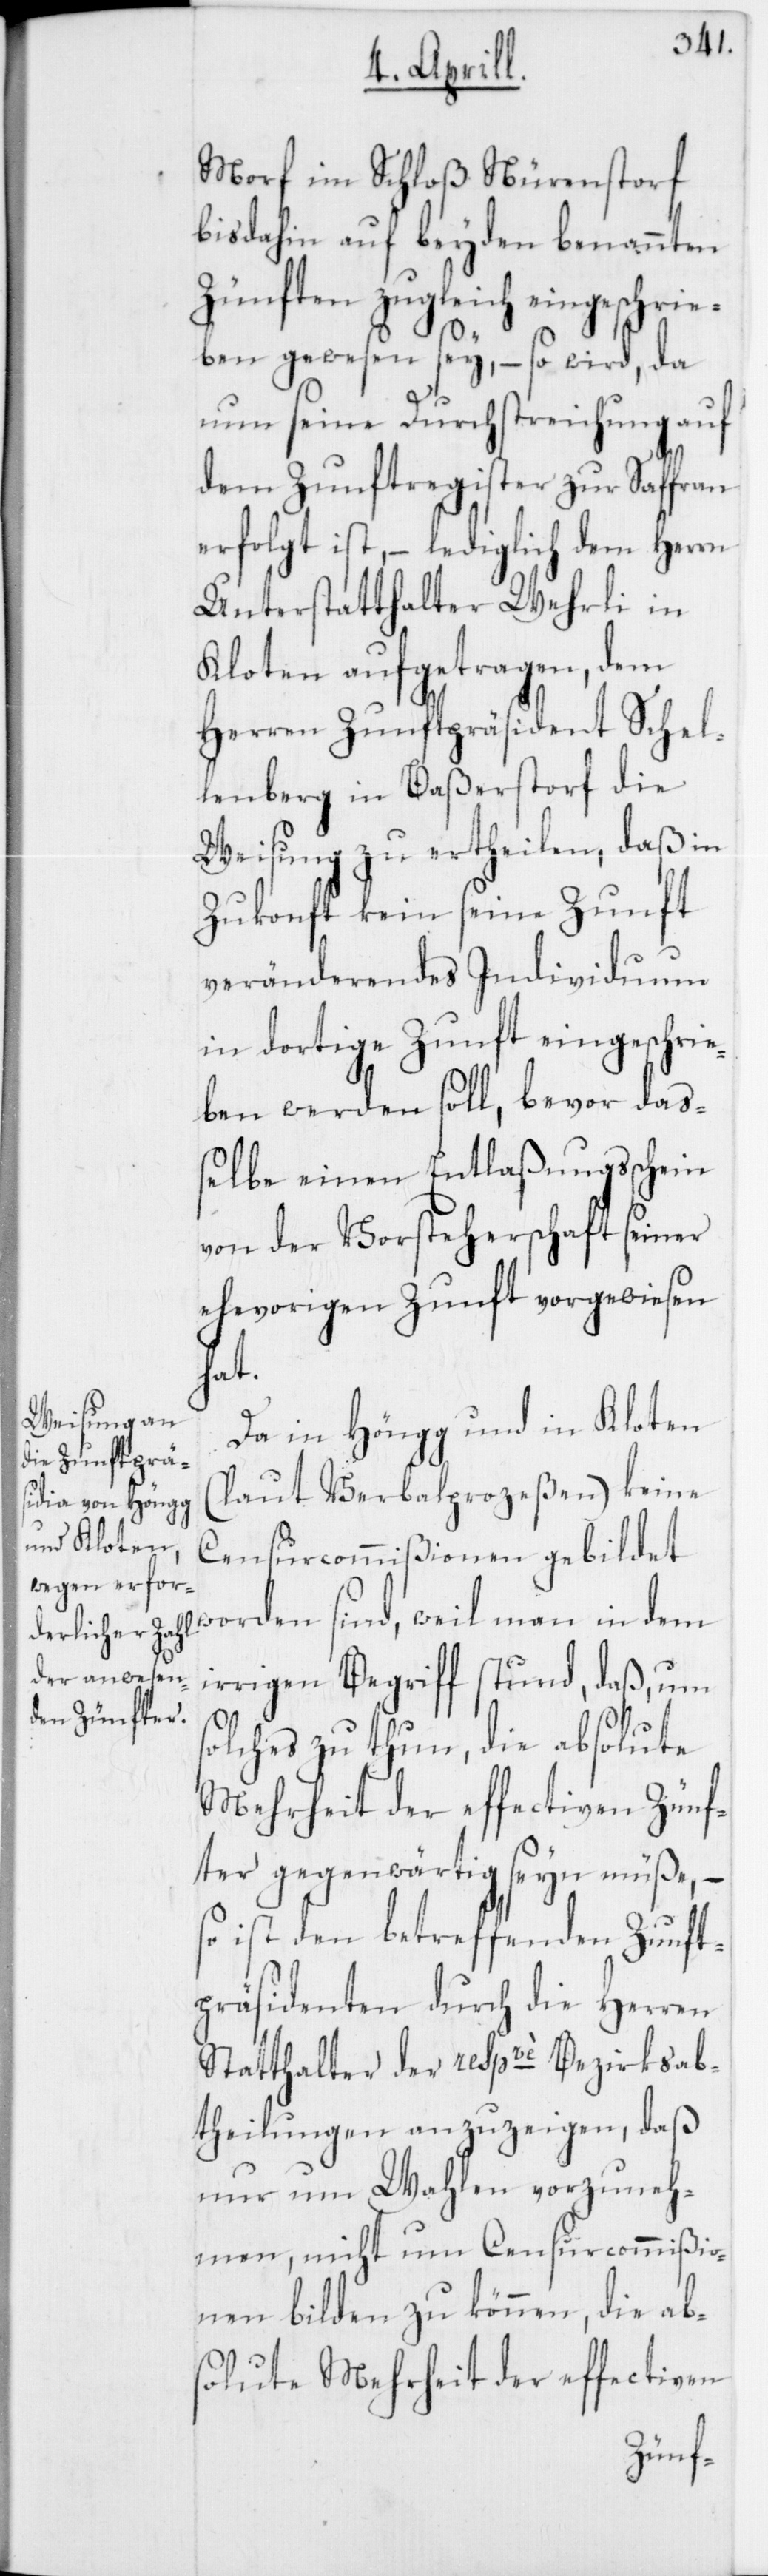
Morf im Schloß Nürenstorf
bis dahin auf beyden benannten
Zünften zugleich eingeschrie¬
ben gewesen sey, – so wird, da
nun seine Durchstreichung auf
dem Zunftregister zur Saffran
erfolgt ist, – lediglich dem Herrn
Unterstatthalter Wehrli in
Kloten aufgetragen, dem
Herren Zunftpräsident Schel¬
lenberg in Baßerstorf die
Weisung zu ertheilen, daß in
Zukonft kein seine Zunft
veränderendes Individuum
in dortige Zunft eingeschrie¬
ben werden soll, bevor daß¬
elbe einen Entlaßungsschein
von der Vorsteherschaft seiner
ehevorigen Zunft vorgewiesen
hat.
Da in Höngg und in Kloten
(laut Verbalprozeßen) keine
Censurcommißionen gebildet
worden sind, weil man in dem
irrigen Begriff stund, daß, um s¬
olches zu thun, die absolute
Mehrheit der effectiven Zünf¬
ter gegenwärtig seyn müße, –
so ist den betreffenden Zunft¬
präsidenten durch die Herren
Statthalter der respve Bezirksab¬
theilungen anzuzeigen, daß
nur um Wahlen vorzuneh¬
men, nicht um Censurcommißio¬
nen bilden zu können, die ab¬
solute Mehrheit der effectiven